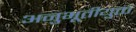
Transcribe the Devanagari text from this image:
अनुभूतीयुक्त